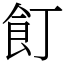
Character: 飣